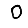
Digit: 0